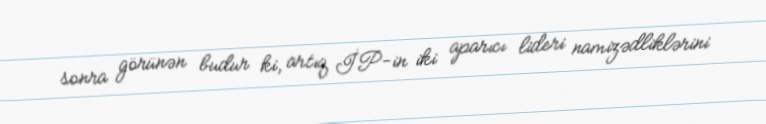
sonra görünən budur ki, artıq İP-in iki aparıcı lideri namizədliklərini